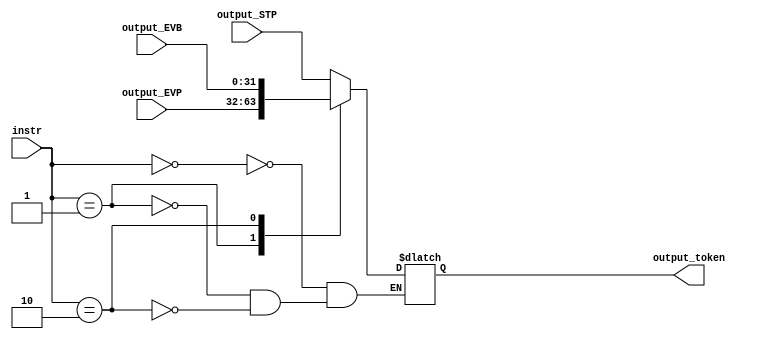
`timescale 1ns/1ps

module output_MUX #(parameter word_size = 16)(
 input [2*word_size - 1 : 0] 	  output_STP,
 input [2*word_size - 1 : 0] 	  output_EVP,
 input [2*word_size - 1 : 0] 	  output_EVB,
 input [7 : 0] 			  instr,
 output reg [2*word_size - 1 : 0] output_token
						  );
   localparam STP = 2'b00, EVP = 2'b01, EVB = 2'b10, RST = 2'b11;

   always@(output_STP, output_EVP, output_EVB)
     begin
	case(instr)
	  STP: output_token <= output_STP;
	  EVP: output_token <= output_EVP;
	  EVB: output_token <= output_EVB;
	  // Consider adding a default case/rst case for proper comb. logic
	endcase // case (instr)
     end
endmodule // output_MUX